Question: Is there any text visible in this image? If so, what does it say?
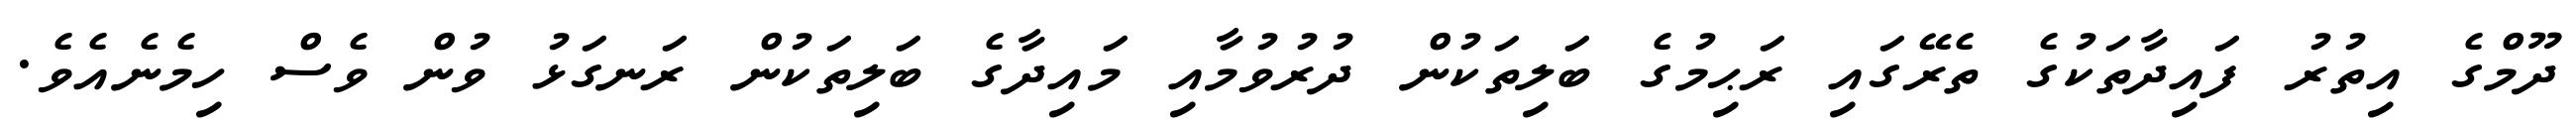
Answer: ދޫމްގެ އިތުރު ފައިދާތަކުގެ ތެރޭގައި ރަޙިމުގެ ބަލިތަކުން ދުރުވުމާއި މައިދާގެ ބަލިތަކުން ރަނގަޅު ވުން ވެސް ހިމެނެއެވެ.